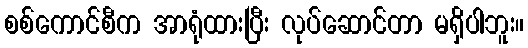
စစ်ကောင်စီက အာရုံထားပြီး လုပ်ဆောင်တာ မရှိပါဘူး။